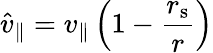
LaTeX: {\hat{v}}_{\parallel}=v_{\parallel}\left(1-{\frac{r_{\mathrm{{s}}}}{r}}\right)